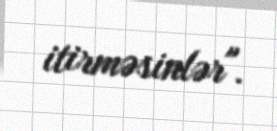
itirməsinlər".